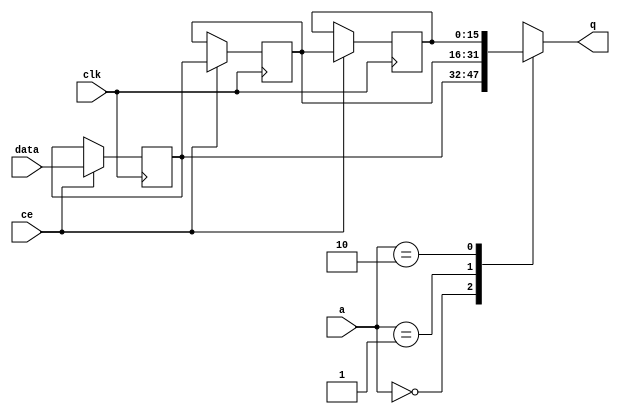
// ==============================================================
// File generated by Vivado(TM) HLS - High-Level Synthesis from C, C++ and SystemC
// Version: 2018.2
// Copyright (C) 1986-2018 Xilinx, Inc. All Rights Reserved.
// 
// ==============================================================


`timescale 1 ns / 1 ps

module fifo_w16_d3_A_shiftReg (
    clk,
    data,
    ce,
    a,
    q);

parameter DATA_WIDTH = 32'd16;
parameter ADDR_WIDTH = 32'd2;
parameter DEPTH = 3'd3;

input clk;
input [DATA_WIDTH-1:0] data;
input ce;
input [ADDR_WIDTH-1:0] a;
output [DATA_WIDTH-1:0] q;

reg[DATA_WIDTH-1:0] SRL_SIG [0:DEPTH-1];
integer i;

always @ (posedge clk)
    begin
        if (ce)
        begin
            for (i=0;i<DEPTH-1;i=i+1)
                SRL_SIG[i+1] <= SRL_SIG[i];
            SRL_SIG[0] <= data;
        end
    end

assign q = SRL_SIG[a];

endmodule

module fifo_w16_d3_A (
    clk,
    reset,
    if_empty_n,
    if_read_ce,
    if_read,
    if_dout,
    if_full_n,
    if_write_ce,
    if_write,
    if_din);

parameter MEM_STYLE   = "shiftreg";
parameter DATA_WIDTH  = 32'd16;
parameter ADDR_WIDTH  = 32'd2;
parameter DEPTH       = 3'd3;

input clk;
input reset;
output if_empty_n;
input if_read_ce;
input if_read;
output[DATA_WIDTH - 1:0] if_dout;
output if_full_n;
input if_write_ce;
input if_write;
input[DATA_WIDTH - 1:0] if_din;

wire[ADDR_WIDTH - 1:0] shiftReg_addr ;
wire[DATA_WIDTH - 1:0] shiftReg_data, shiftReg_q;
wire                     shiftReg_ce;
reg[ADDR_WIDTH:0] mOutPtr = ~{(ADDR_WIDTH+1){1'b0}};
reg internal_empty_n = 0, internal_full_n = 1;

assign if_empty_n = internal_empty_n;
assign if_full_n = internal_full_n;
assign shiftReg_data = if_din;
assign if_dout = shiftReg_q;

always @ (posedge clk) begin
    if (reset == 1'b1)
    begin
        mOutPtr <= ~{ADDR_WIDTH+1{1'b0}};
        internal_empty_n <= 1'b0;
        internal_full_n <= 1'b1;
    end
    else begin
        if (((if_read & if_read_ce) == 1 & internal_empty_n == 1) && 
            ((if_write & if_write_ce) == 0 | internal_full_n == 0))
        begin
            mOutPtr <= mOutPtr - 3'd1;
            if (mOutPtr == 3'd0)
                internal_empty_n <= 1'b0;
            internal_full_n <= 1'b1;
        end 
        else if (((if_read & if_read_ce) == 0 | internal_empty_n == 0) && 
            ((if_write & if_write_ce) == 1 & internal_full_n == 1))
        begin
            mOutPtr <= mOutPtr + 3'd1;
            internal_empty_n <= 1'b1;
            if (mOutPtr == DEPTH - 3'd2)
                internal_full_n <= 1'b0;
        end 
    end
end

assign shiftReg_addr = mOutPtr[ADDR_WIDTH] == 1'b0 ? mOutPtr[ADDR_WIDTH-1:0]:{ADDR_WIDTH{1'b0}};
assign shiftReg_ce = (if_write & if_write_ce) & internal_full_n;

fifo_w16_d3_A_shiftReg 
#(
    .DATA_WIDTH(DATA_WIDTH),
    .ADDR_WIDTH(ADDR_WIDTH),
    .DEPTH(DEPTH))
U_fifo_w16_d3_A_ram (
    .clk(clk),
    .data(shiftReg_data),
    .ce(shiftReg_ce),
    .a(shiftReg_addr),
    .q(shiftReg_q));

endmodule